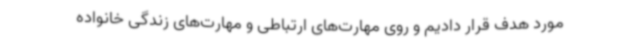
مورد هدف قرار دادیم و روی مهارت‌های ارتباطی و مهارت‌های زندگی خانواده